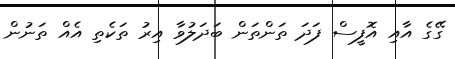
ގޭގެ އާއި އޮފީސް ފަދަ ތަންތަން ބަދަލުވާ އިރު ތަކެތި އެއް ތަނުން